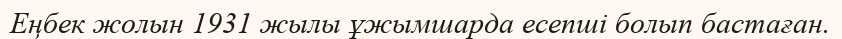
Еңбек жолын 1931 жылы ұжымшарда есепші болып бастаған.